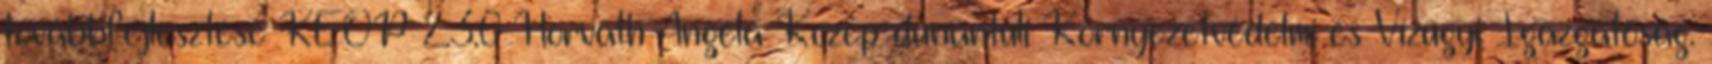
továbbfejlesztése KEOP-2.3.0 Horváth Angéla Közép-dunántúli Környezetvédelmi és Vízügyi Igazgatóság.